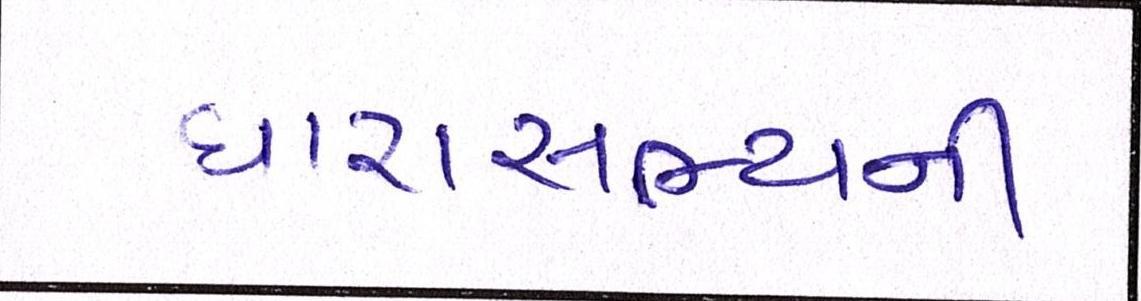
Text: ધારાસભ્યની